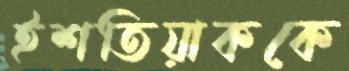
ইশতিয়াককে